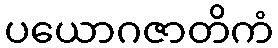
ပယောဂဇာတိကံ